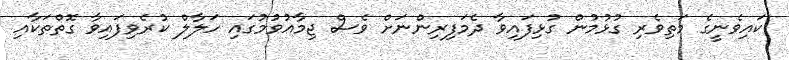
ކައިވެނީގެ މަތިވެރި ގުޅުމުން ގުޅިފައިވާ ދެމަފިރިންނަށް ވެސް ޖިމާއުވުމުގައި ހަލާލް ކުރެވިފައިވާ ގޮތްތަކާއި